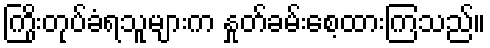
ကြိုးတုပ်ခံရသူများက နှုတ်ခမ်းစေ့ထားကြသည်။